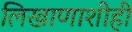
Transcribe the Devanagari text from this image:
लिखाणाशीही